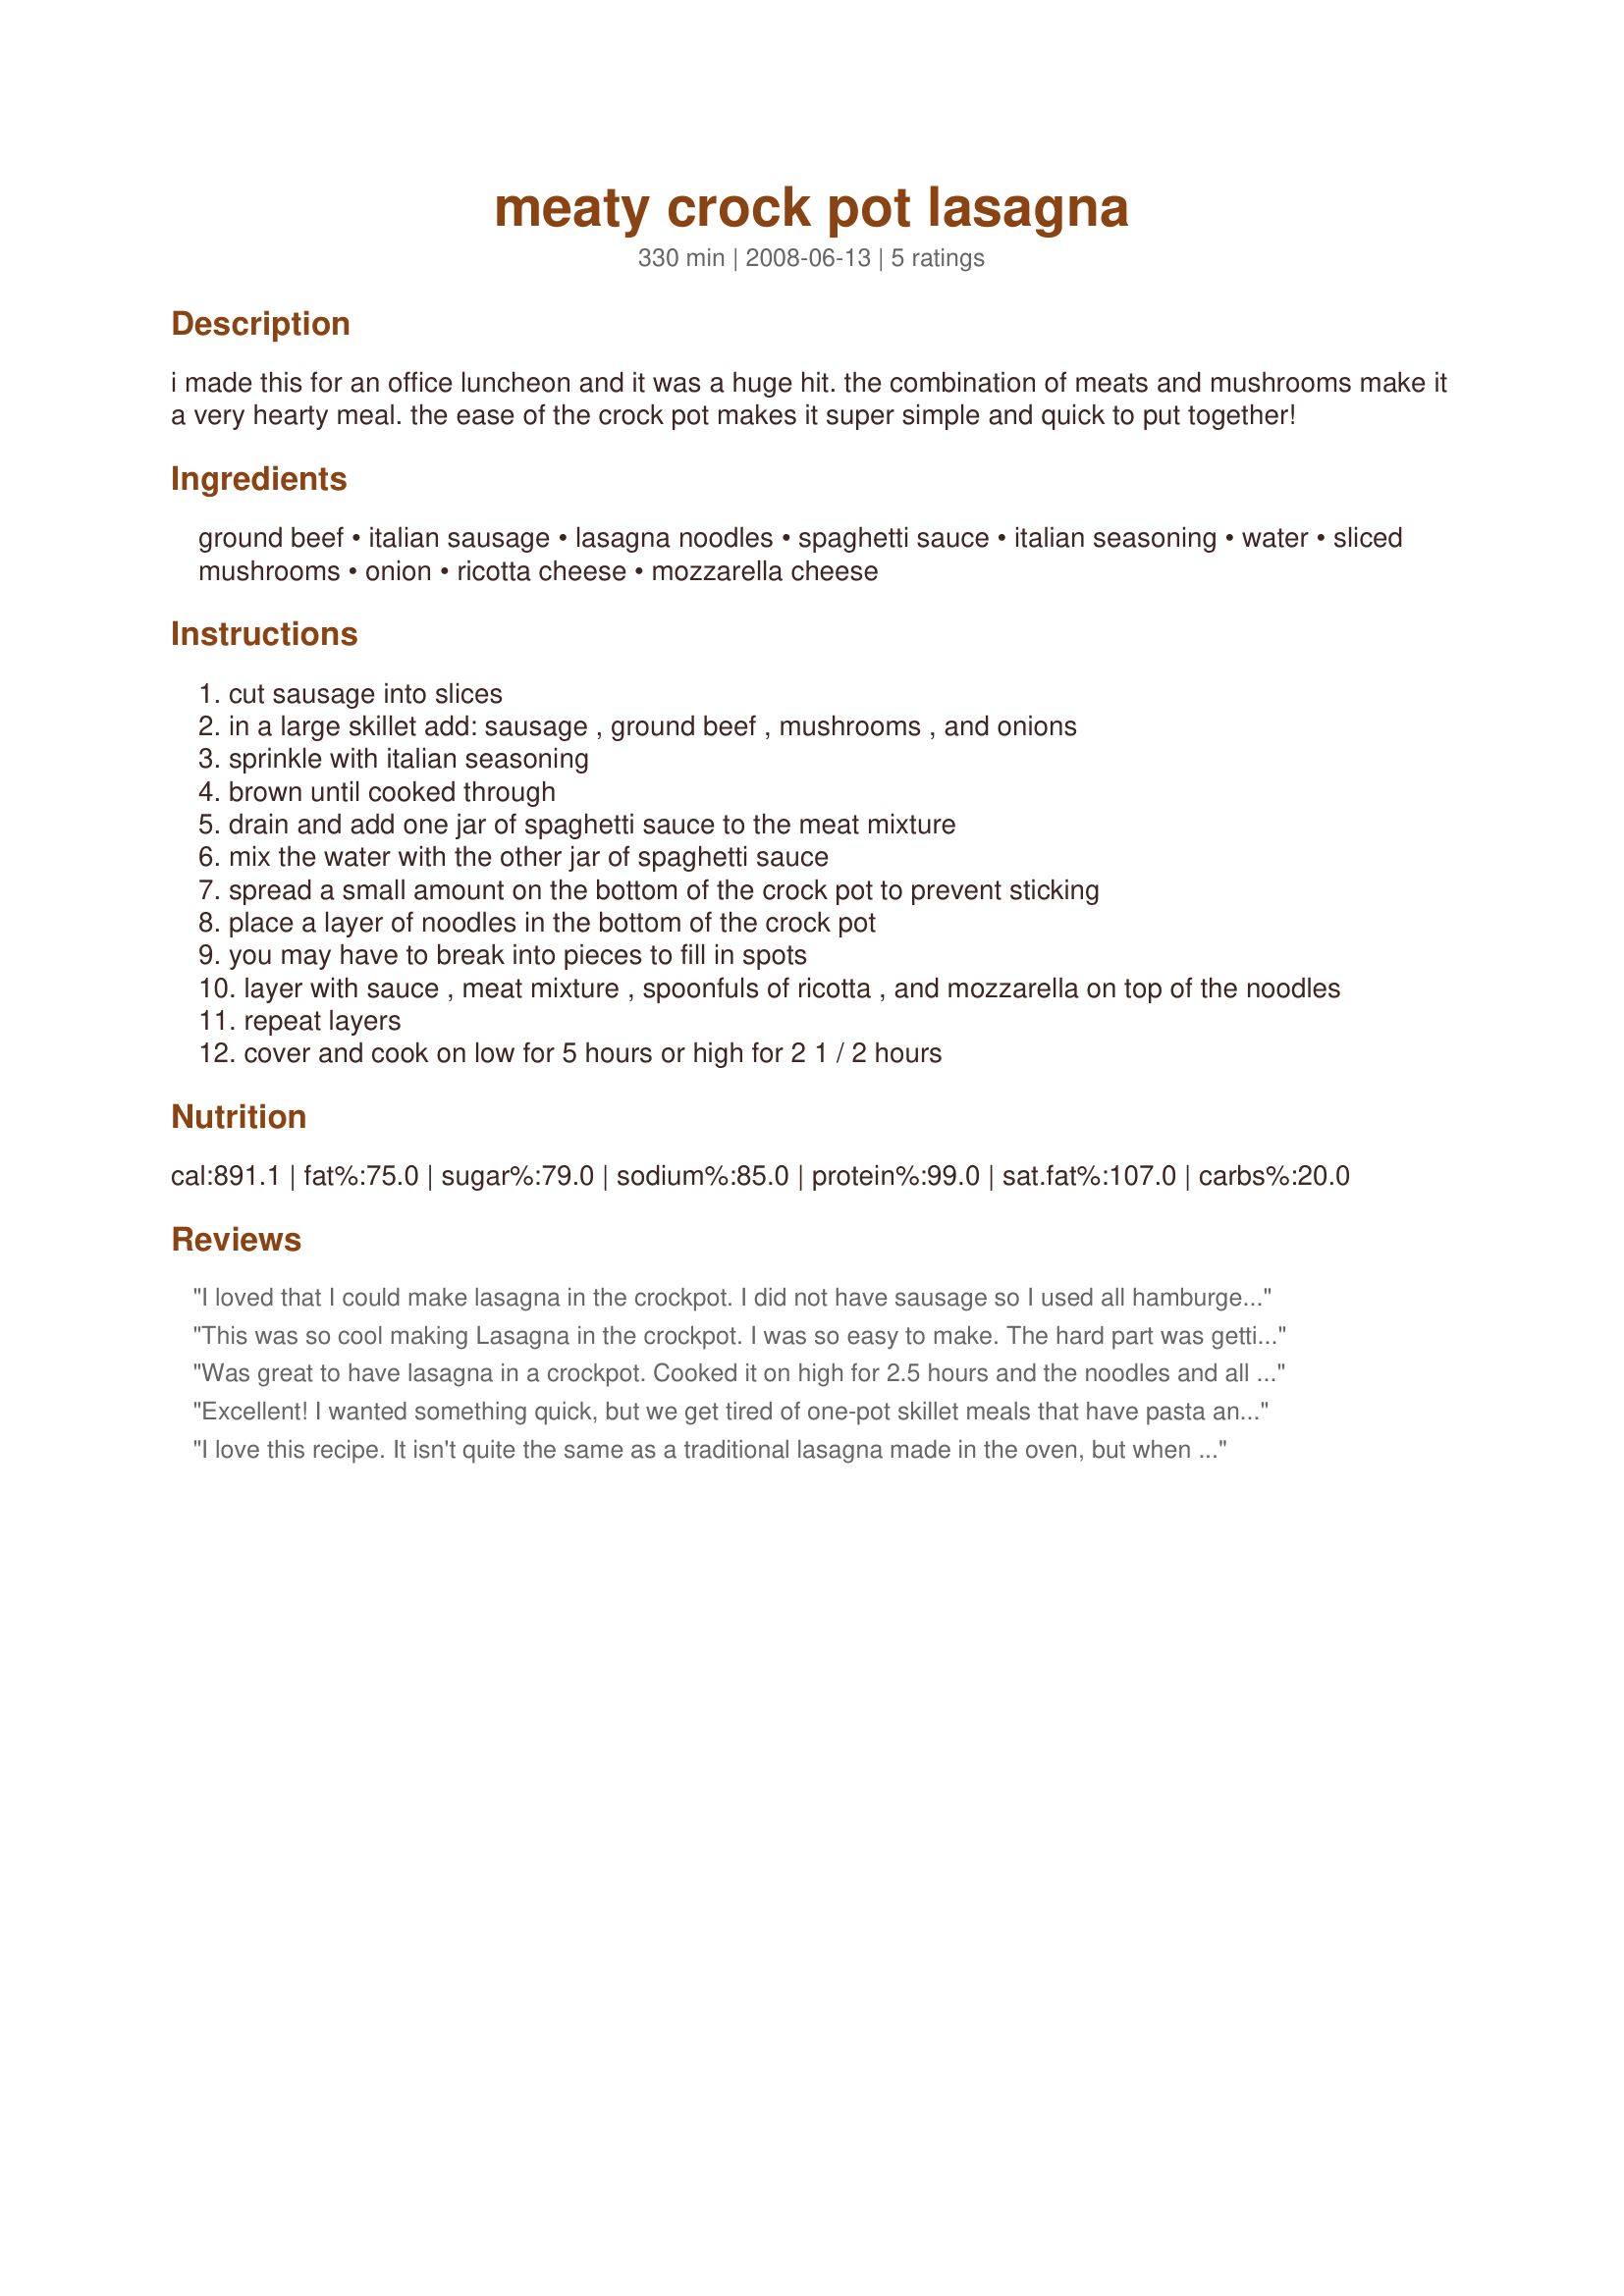
meaty crock pot lasagna
Preparation time: 330 minutes

i made this for an office luncheon and it was a huge hit. the combination of meats and mushrooms make it a very hearty meal. the ease of the crock pot makes it super simple and quick to put together!

Ingredients:
ground beef, italian sausage, lasagna noodles, spaghetti sauce, italian seasoning, water, sliced mushrooms, onion, ricotta cheese, mozzarella cheese

Steps:
cut sausage into slices
in a large skillet add: sausage , ground beef , mushrooms , and onions
sprinkle with italian seasoning
brown until cooked through
drain and add one jar of spaghetti sauce to the meat mixture
mix the water with the other jar of spaghetti sauce
spread a small amount on the bottom of the crock pot to prevent sticking
place a layer of noodles in the bottom of the crock pot
you may have to break into pieces to fill in spots
layer with sauce , meat mixture , spoonfuls of ricotta , and mozzarella on top of the noodles
repeat layers
cover and cook on low for 5 hours or high for 2 1 / 2 hours

Reviews:
I loved that I could make lasagna in the crockpot. I did not have sausage so I used all hamburger. I also did not add the mushrooms and used cottage cheese because that's what I had. The noodles were a little mushy but otherwise it was pretty good. I still prefer baked better, but this was definitely easier.
This was so cool making Lasagna in the crockpot. I was so easy to make. The hard part was getting it out of the pot to take a pic. Used cottage cheese because that is what I had. To the cottage cheese I added 1 egg, 1 tsp of oregano and 1/4 cup parmesan cheese. Tasted great and will make again.
Was great to have lasagna in a crockpot. Cooked it on high for 2.5 hours and the noodles and all turned out fine. Would have been nice to have the crunch from baking, but I was going for quick, easy, and yummy. :) I used two pounds of ground meat (beef and turkey) instead of using sausage, but kept everything else as written in the recipe. Thanks for this great crockpot recipe!
Excellent! I wanted something quick, but we get tired of one-pot skillet meals that have pasta and ground beef. This does NOT taste like one of them! Great flavor and so easy! I used extra-wide egg noodles. Put this (half recipe) in my teeny 3 qt. crockpot and cooked on high for 2 hours. Perfect! The two of us have had it for 3 meals!
I love this recipe. It isn't quite the same as a traditional lasagna made in the oven, but when you need a fast alternative, you can't go wrong with this recipe. I made it for an office luncheon one day and everyone was surprised at how easy and delicious it was. Nothing says good recipe like bringing home an empty pan.
